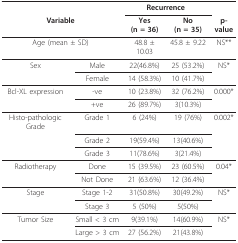
<table><thead><tr><td></td><td></td><td colspan="2"><b>Recurrence</b></td><td></td></tr><tr><td colspan="2"><b>Variable</b></td><td><b>Yes (n = 36)</b></td><td><b>No (n = 35)</b></td><td><b>p-value</b></td></tr></thead><tbody><tr><td colspan="2">Age (mean ± SD)</td><td>48.8 ± 10.03</td><td>45.8 ± 9.22</td><td>NS**</td></tr><tr><td>Sex</td><td>Male</td><td>22(46.8%)</td><td>25 (53.2%)</td><td>NS*</td></tr><tr><td></td><td>Female</td><td>14 (58.3%)</td><td>10 (41.7%)</td><td></td></tr><tr><td>Bcl-XL expression</td><td>-ve</td><td>10 (23.8%)</td><td>32 (76.2%)</td><td>0.000*</td></tr><tr><td></td><td>+ve</td><td>26 (89.7%)</td><td>3(10.3%)</td><td></td></tr><tr><td>Histo-pathologic Grade</td><td>Grade 1</td><td>6 (24%)</td><td>19 (76%)</td><td>0.002*</td></tr><tr><td></td><td>Grade 2</td><td>19(59.4%)</td><td>13(40.6%)</td><td></td></tr><tr><td></td><td>Grade 3</td><td>11(78.6%)</td><td>3(21.4%)</td><td></td></tr><tr><td>Radiotherapy</td><td>Done</td><td>15 (39.5%)</td><td>23 (60.5%)</td><td>0.04*</td></tr><tr><td></td><td>Not Done</td><td>21 (63.6%)</td><td>12 (36.4%)</td><td></td></tr><tr><td>Stage</td><td>Stage 1-2</td><td>31(50.8%)</td><td>30(49.2%)</td><td>NS*</td></tr><tr><td></td><td>Stage 3</td><td>5 (50%)</td><td>5(50%)</td><td></td></tr><tr><td>Tumor Size</td><td>Small &lt; 3 cm</td><td>9(39.1%)</td><td>14(60.9%)</td><td>NS*</td></tr><tr><td></td><td>Large &gt; 3 cm</td><td>27 (56.2%)</td><td>21(43.8%)</td><td></td></tr></tbody></table>